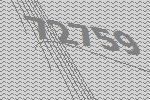
72759